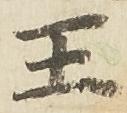
王